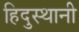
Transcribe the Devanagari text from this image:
हिदुस्थानी